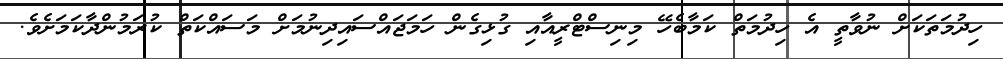
ހިދުމަތަކަށް ނުވާތީ އެ ހިދުމަތް ކަމާބެހޭ މިނިސްޓްރީއާއި ގުޅިގެން ހަމަޖައްސައިދިނުމަށް މަސައްކަތް ކުރަމުންދާކަމަށެވެ.